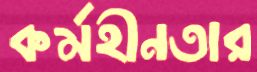
কর্মহীনতার